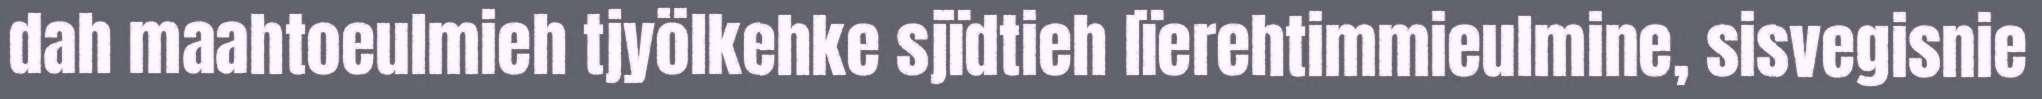
dah maahtoeulmieh tjyölkehke sjïdtieh lïerehtimmieulmine, sisvegisnie